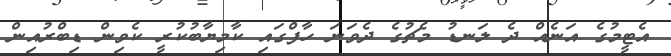
އެޓީމުގެ އަނެއް ދެ ލަނޑު މެޗުގެ ދެވަނަ ހާފްގައި ކާމިޔާބުކުރީ ކެވިން ޑިބްރުއިން